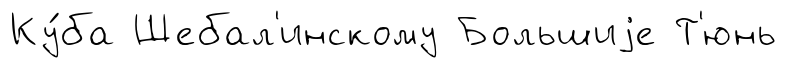
Ку́ба Шебал'инскому Большиjе Т'юнь